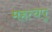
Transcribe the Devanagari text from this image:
महत्वपू